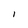
Character: I